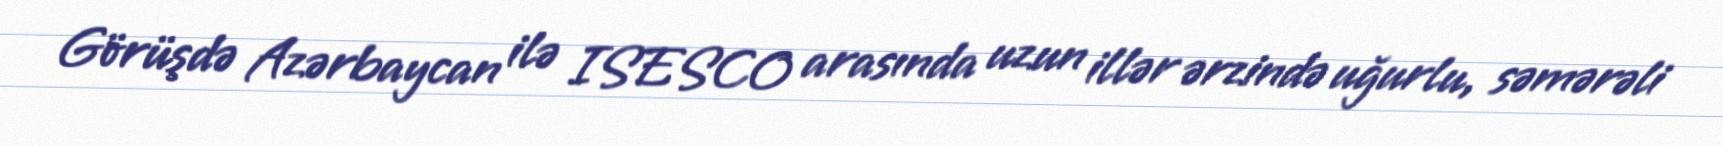
Görüşdə Azərbaycan ilə ISESCO arasında uzun illər ərzində uğurlu, səmərəli